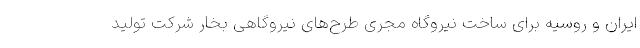
ایران و روسیه برای ساخت نیروگاه مجری طرح‌های نیروگاهی بخار شرکت تولید